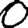
Digit: 0